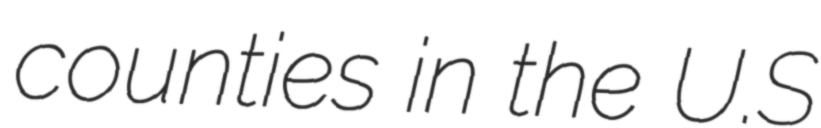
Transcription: counties in the U.S